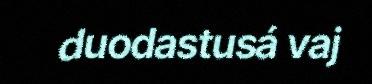
duodastusá vaj